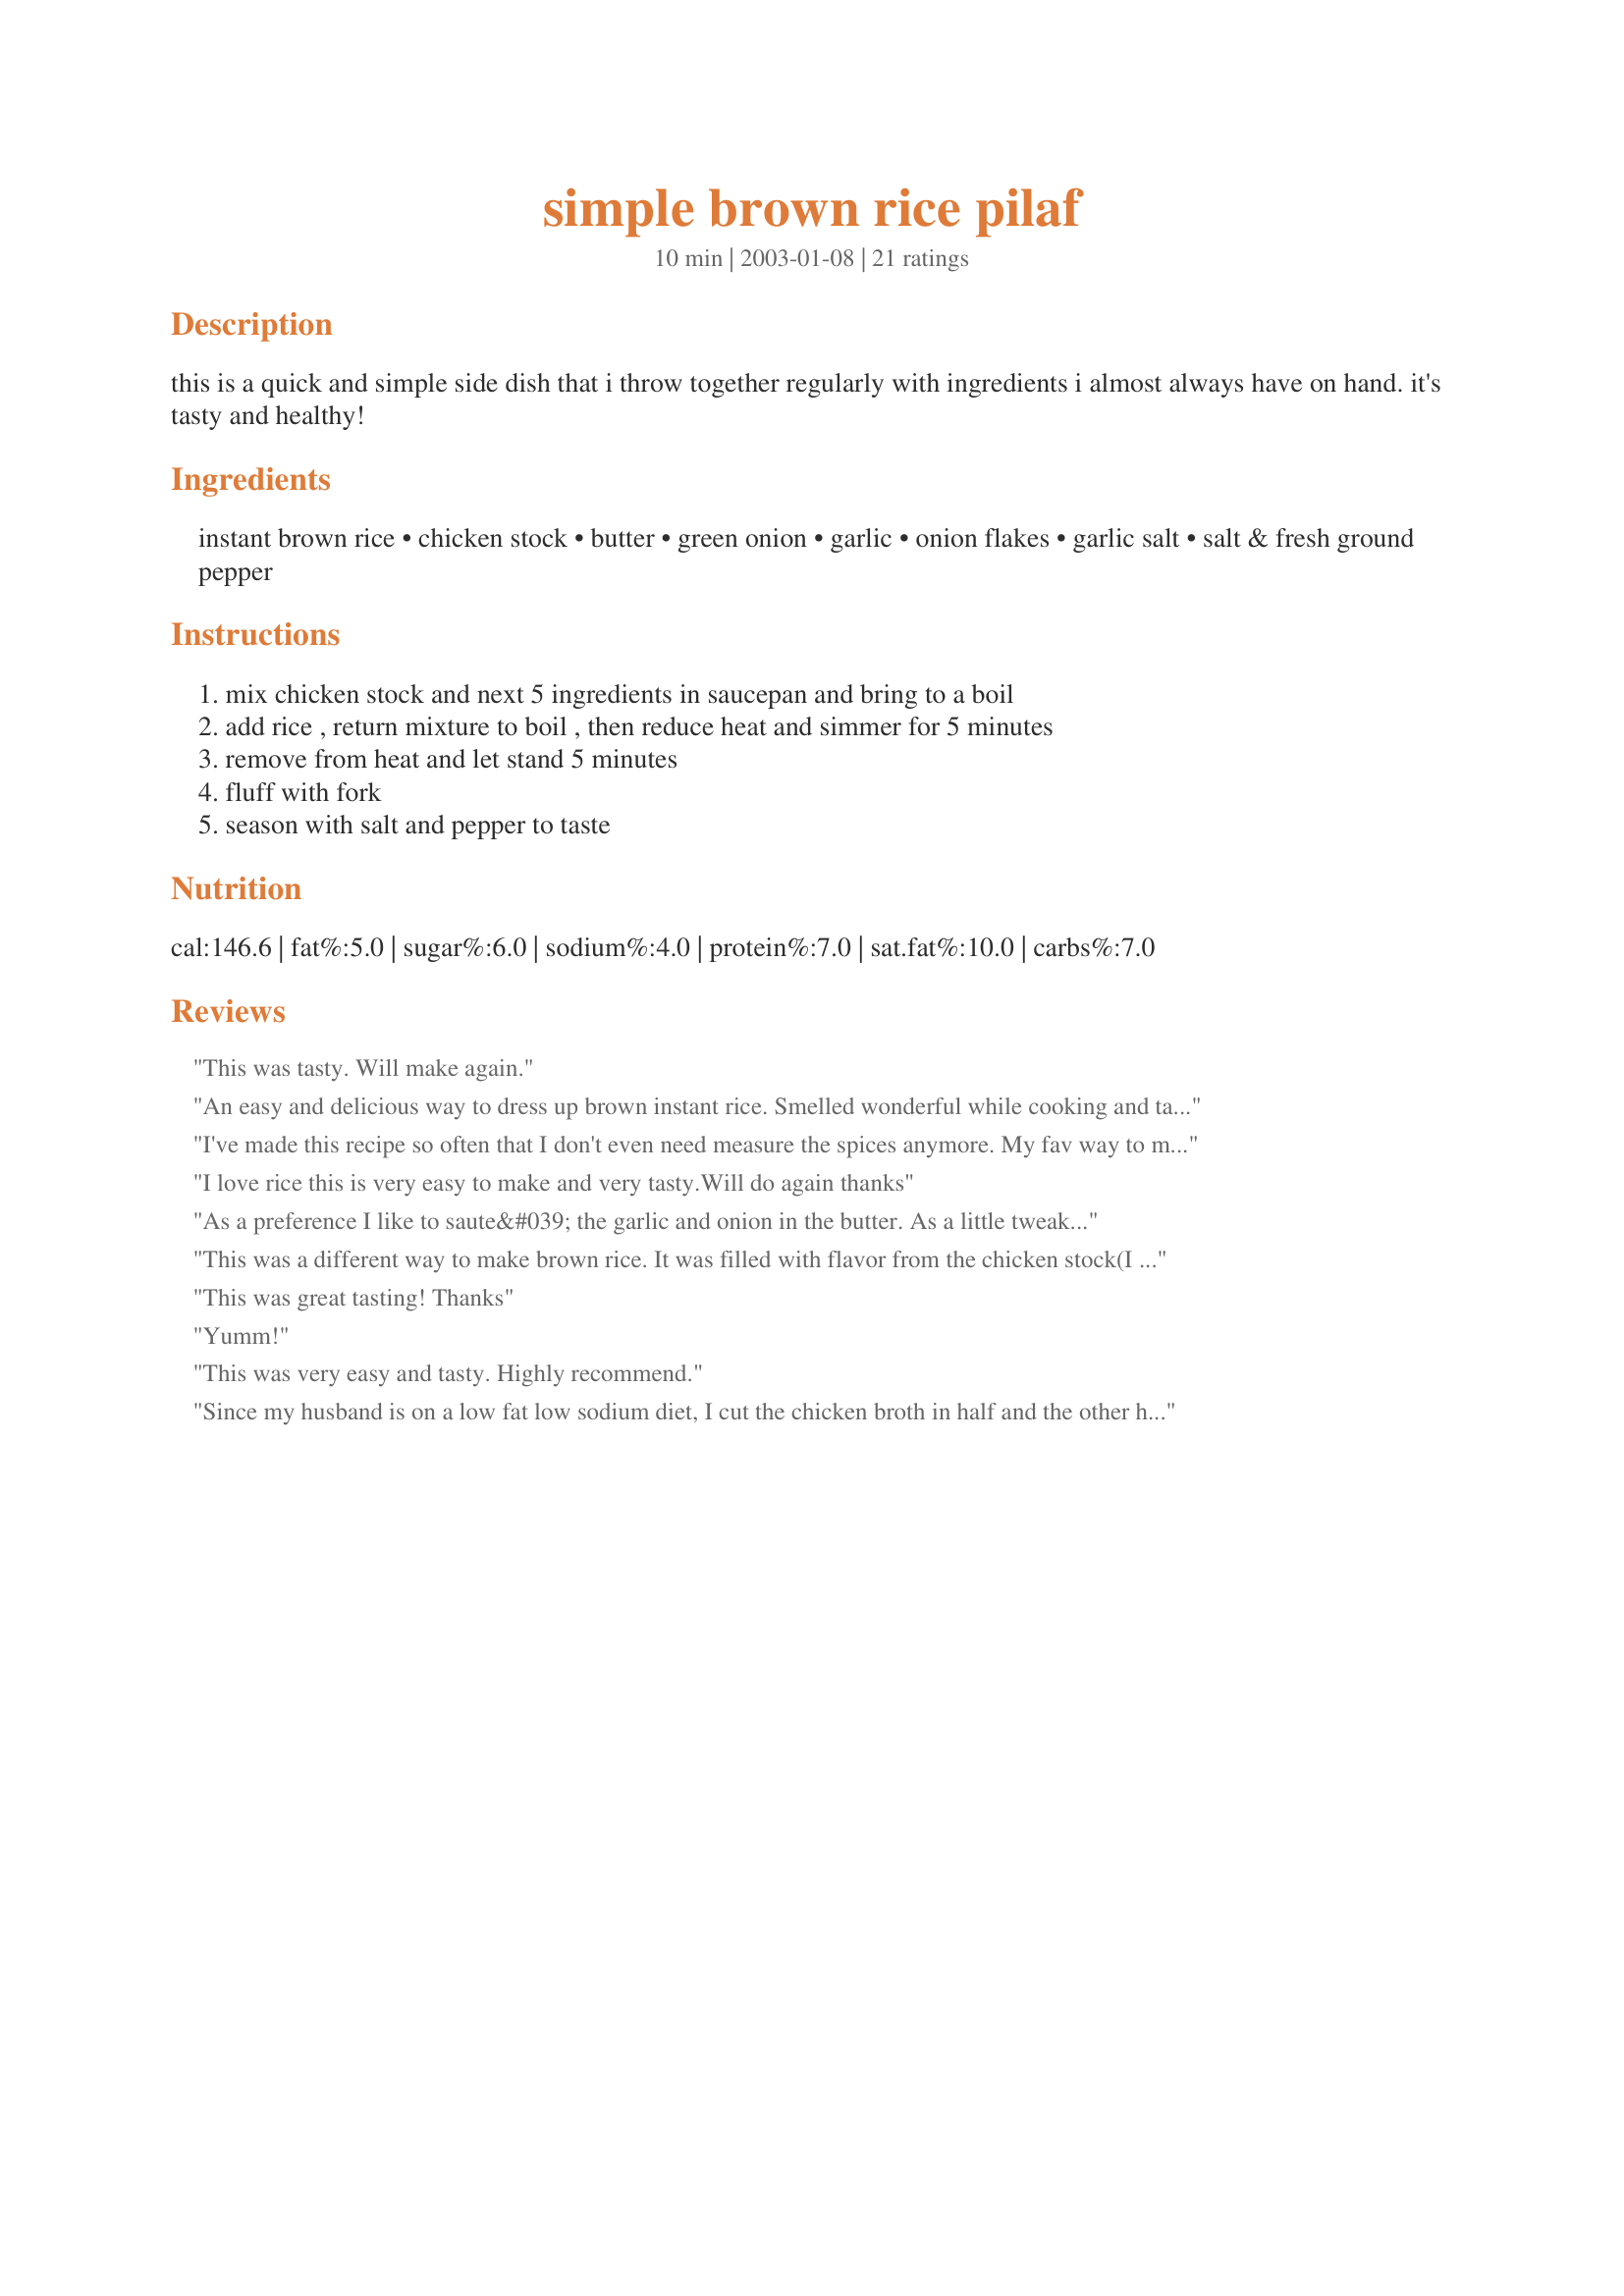
simple brown rice pilaf
Preparation time: 10 minutes

this is a quick and simple side dish that i throw together regularly with ingredients i almost always have on hand. it's tasty and healthy!

Ingredients:
instant brown rice, chicken stock, butter, green onion, garlic, onion flakes, garlic salt, salt & fresh ground pepper

Steps:
mix chicken stock and next 5 ingredients in saucepan and bring to a boil, add rice , return mixture to boil , then reduce heat and simmer for 5 minutes, remove from heat and let stand 5 minutes, fluff with fork, season with salt and pepper to taste

Reviews:
This was tasty. Will make again.
An easy and delicious way to dress up brown instant rice. Smelled wonderful while cooking and tasted great, too. Thanx for posting this. I'll make this whenever I need a tasty rice side dish quickly!
I've made this recipe so often that I don't even need measure the spices anymore. My fav way to make brown rice
I love rice this is very easy to make and very tasty.Will do again thanks
As a preference I like to saute&#039; the garlic and onion in the butter. As a little tweak when the rice is done, but before the fluff, like to add minced parsley and coarsely chopped pine nuts to the pan to let them warm/steam slightly. Use the fluff to mix the parsley and pine nuts with the rice and it&#039;s good to go. The parsley adds color and the pine nuts compliment the flavor and adds texture to the rice.
This was a different way to make brown rice. It was filled with flavor from the chicken stock(I used fat-free lower sodium), onion & green onions. This is definitely a keeper in this house. Will be stored in my favorites. Thanks for sharing. Awesome...
This was great tasting! Thanks
Yumm!
This was very easy and tasty. Highly recommend.
Since my husband is on a low fat low sodium diet, I cut the chicken broth in half and the other half water.Very easy to make.
The rice was still quite crunch and didn't have much flavor. DH said he was glad it at least had chicken stock and garlic...couldn't imagine how bland it would be without it. Sorry. :(
We really enjoyed this recipe! I didn't have green onion so I just diced some yellow onion and left out the onion flakes. Also used white rice and cooked a little longer. We really enjoyed this! Will definitely make again!
I have made this several times now and we always enjoy it. I use my own homemade chicken stock and season to our preferences. Great side for grilled chicken or salmon!
Very tasty! Will definitely make again.
Very quick and easy to make. Tasty! I don't think guests would believe it was so simple. It accompanied the tilapia I grilled on my brand new George Foreman grill, so I had quite a delicious healthy meal. Will try adding nuts to the pilaf next time. I think that would add a nice flavor; however, it was very good just exactly as the recipe was printed.
this was pretty good...for brown rice. My husband likes to eat brown rice and I don't really like it. But when I made it this way, my hubby said he loved it....and I could stand it enough to eat it, too. So I guess it's a winner. Thanks.
Great recipe. I am eating a lean diet, so I made a few moderations. The rice was accompanying beef, so I substituted beef broth for the chicken stock. I added 1/4 cup chopped white onion and green pepper, sauted in 1 tsp. butter. Omitted the onion flakes. It had a wonderful flavor, my 5 and 6 year old kiddos ate it up.
I loved this, my husband was not as crazy for it but we are weaning him off white rice, brown rice is a bit gummy for him but he will get used to it and love it. This for me was very tasty.
I topped it with more sliced green onion and served with teriyaki salmon and asian cabbage slaw. It was a really nice healthy and tasty meal. I forgot to add that the next morning I warmed some of this rice in the microwave and had a fried egg on top with a little soy sauce and it was great!
My husband & I are trying to lose weight & watch what we eat. This was a great recipe for brown rice. It was soooo easy to make although a little salty so I would probably recommend & low sodium chicken broth but besides that it was perfect!
Much better than just plain old rice! I didn't add extra salt since the recipe asks for garlic salt. Also, my rice had to cook more than 5 minutes.
All you need to make ordinary brown rice a little more exciting. Better yet, all ingredients can usually be found in any kitchen cupboard. I followed this recipe exactly, using the rice box package for cooking times. It turned out well and tasted good.
